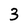
Character: 3